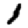
Digit: 1